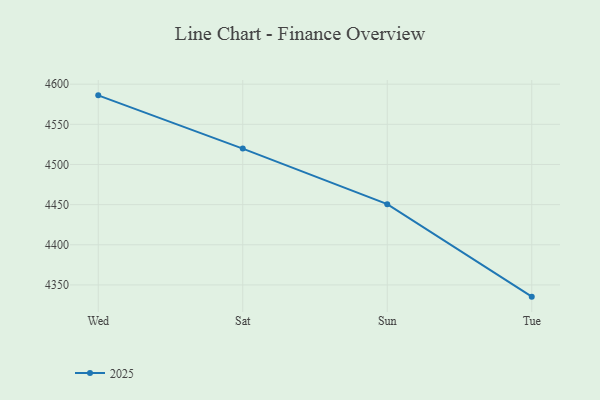
{"axis": {"x": "Day", "y": "Page Views"}, "legend": ["2025"], "data": [{"x": "Wed", "y": 4586.1, "type": "2025"}, {"x": "Sat", "y": 4519.8, "type": "2025"}, {"x": "Sun", "y": 4450.6, "type": "2025"}, {"x": "Tue", "y": 4335.4, "type": "2025"}]}